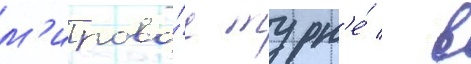
м'ирово́е турн'е́ / в